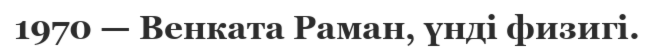
1970 — Венката Раман, үнді физигі.